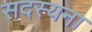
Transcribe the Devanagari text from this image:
सदस्यना